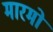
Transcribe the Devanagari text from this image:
मारमो